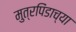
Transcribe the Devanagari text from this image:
मुत्रपिंडाच्या